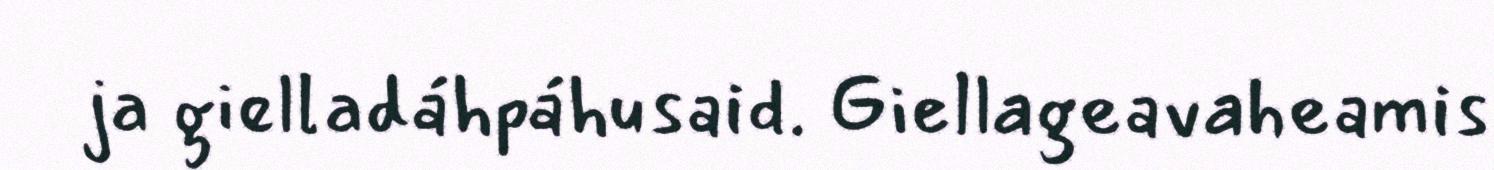
ja gielladáhpáhusaid. Giellageavaheamis